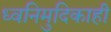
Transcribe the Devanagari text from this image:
ध्वनिमुदिकाही